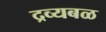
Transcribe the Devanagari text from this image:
द्रव्यबळ